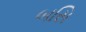
બસિ